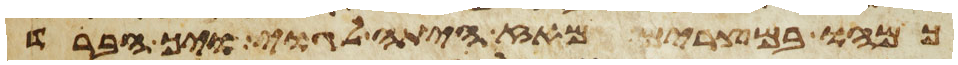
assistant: כמהו במצרים מאז היתה לגוי ויך הברד